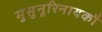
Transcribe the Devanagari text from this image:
मुसुनूरिनायकौ